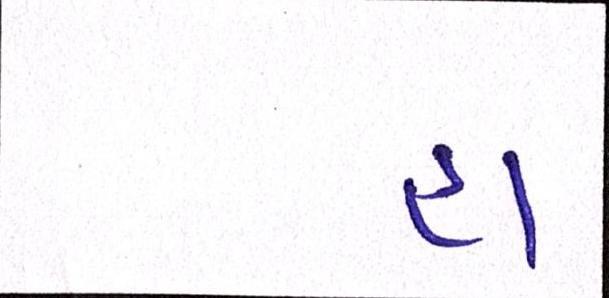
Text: હા